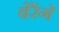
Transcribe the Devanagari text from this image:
बेरेंगे